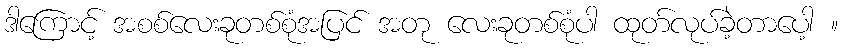
ဒါကြောင့် အစစ်လေးခုတစ်စုံအပြင် အတု လေးခုတစ်စုံပါ ထုတ်လုပ်ခဲ့တာပေါ့ ။